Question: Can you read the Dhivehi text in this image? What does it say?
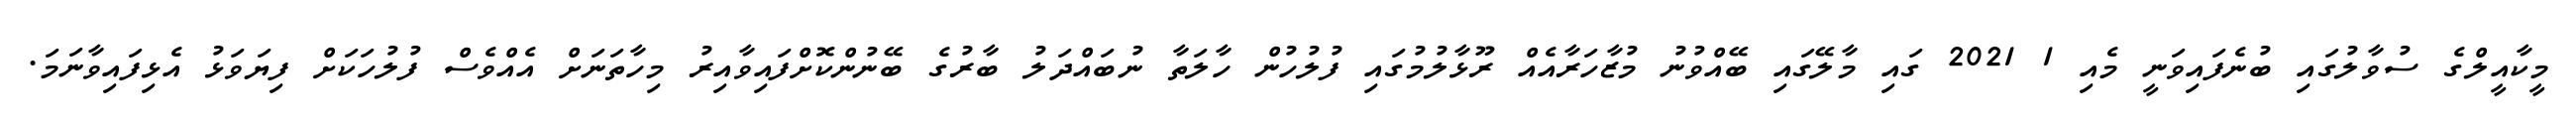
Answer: މީކާއީލްގެ ސުވާލުގައި ބުނެފައިވަނީ މެއި 1 2021 ގައި މާލޭގައި ބޭއްވުނު މުޒާހަރާއެއް ރޫޅާލުމުގައި ފުލުހުން ހާލަތާ ނުބައްދަލު ބާރުގެ ބޭނުންކޮށްފައިވާއިރު މިހާތަނަށް އެއްވެސް ފުލުހަކަށް ފިޔަވަޅު އެޅިފައިވާނަމަ.